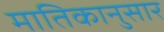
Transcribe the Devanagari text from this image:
मातिकानुसार